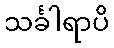
သင်္ခါရာပိ